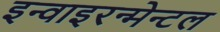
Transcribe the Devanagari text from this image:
इन्वाइरन्मेन्टल